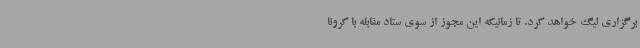
برگزاری لیگ خواهد کرد. تا زمانیکه این مجوز از سوی ستاد مقابله با کرونا